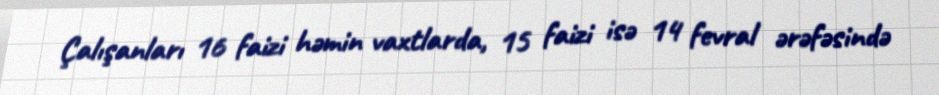
Çalışanları 16 faizi həmin vaxtlarda, 15 faizi isə 14 fevral ərəfəsində